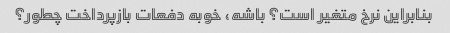
بنابراین نرخ متغیر است؟ باشه، خوبه دفعات بازپرداخت چطور؟